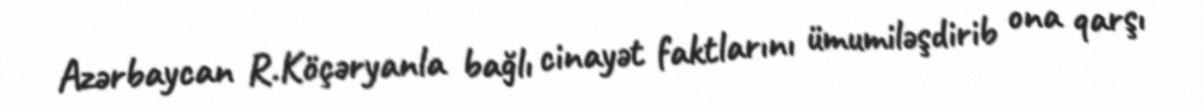
Azərbaycan R.Köçəryanla bağlı cinayət faktlarını ümumiləşdirib ona qarşı